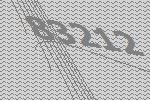
83212